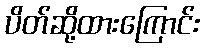
ပိတ်ဆို့ထားကြောင်း